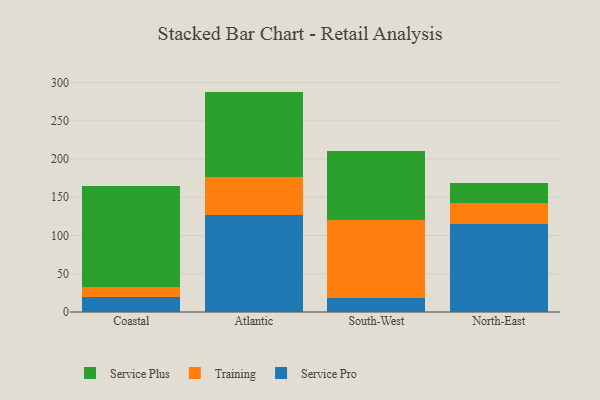
{"axis": {"x": "Region", "y": "Satisfaction Score"}, "legend": ["Service Plus", "Service Pro", "Training"], "data": [{"x": "Coastal", "y": 19.6, "type": "Service Pro"}, {"x": "Coastal", "y": 13.1, "type": "Training"}, {"x": "Coastal", "y": 131.7, "type": "Service Plus"}, {"x": "Atlantic", "y": 126.2, "type": "Service Pro"}, {"x": "Atlantic", "y": 50.6, "type": "Training"}, {"x": "Atlantic", "y": 111.4, "type": "Service Plus"}, {"x": "South-West", "y": 18.6, "type": "Service Pro"}, {"x": "South-West", "y": 101.9, "type": "Training"}, {"x": "South-West", "y": 90.3, "type": "Service Plus"}, {"x": "North-East", "y": 114.5, "type": "Service Pro"}, {"x": "North-East", "y": 27.4, "type": "Training"}, {"x": "North-East", "y": 27.0, "type": "Service Plus"}]}